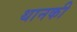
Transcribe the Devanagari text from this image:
थानकी